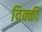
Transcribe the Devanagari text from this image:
विक्‍की